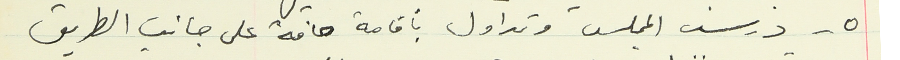
٥ - درس المجلس وتداول بأقامة حافة على جانب الطريق